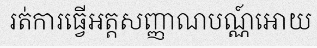
រត់ការធ្វើអត្តសញ្ញាណបណ្ណ៍អោយ